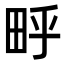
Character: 𬏃